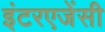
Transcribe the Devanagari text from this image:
इंटरएजेंसी